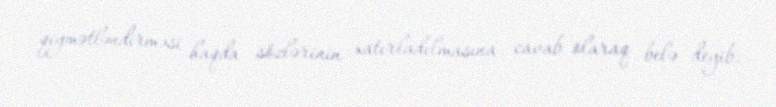
qiymətləndirməsi haqda sözlərinin xatırladılmasına cavab olaraq belə deyib: